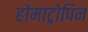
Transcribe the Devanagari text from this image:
होमाट्रोपिन